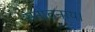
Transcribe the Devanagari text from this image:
सनातनाय।